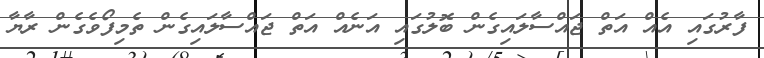
ފާރުގައި އެއް އަތް ޖައްސާލައިގެން ބޮލުގައި އަނެއް އަތް ޖައްސާލައިގެން ތެމިފޯވެގެން ރާޔާ